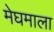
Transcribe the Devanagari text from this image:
मेघमाला